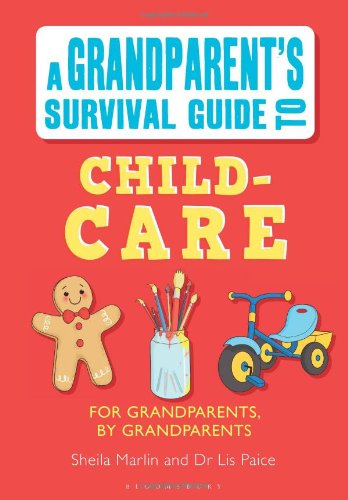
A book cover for Grandparent's Survival Guide to Child Care; Elisabeth Paice; Parenting & Relationships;